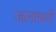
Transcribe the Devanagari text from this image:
जलाश्रयी